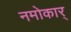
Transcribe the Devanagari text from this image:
नमोकार्